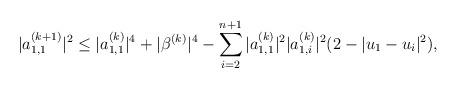
LaTeX: \begin{align*} |a_{1, 1}^{(k+1)}|^2 \leq |a_{1, 1}^{(k)}|^4 + |\beta^{(k)}|^4 - \sum_{i=2}^{n+1}|a_{1, 1}^{(k)}|^2|a_{1, i}^{(k)}|^2(2-|u_1 - u_{i}|^2),\end{align*}